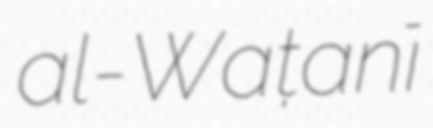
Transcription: al-Waṭanī